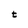
Character: t